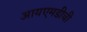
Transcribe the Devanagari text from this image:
आयएमडीची